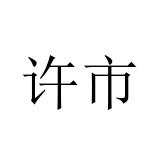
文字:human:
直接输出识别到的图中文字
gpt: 许市